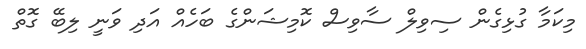
މިކަމާ ގުޅިގެން ސިވިލް ސާވިސް ކޮމިޝަންގެ ބަހެއް އަދި ވަނީ ލިބޭ ގޮތް